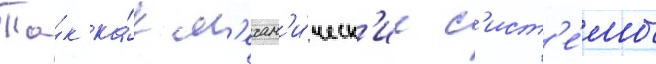
Та́к ка́к м'ехан'и́ческ'ие с'ист'е́мы